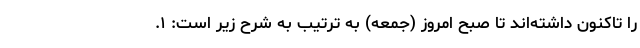
را تاکنون داشته‌اند تا صبح امروز (جمعه) به ترتیب به شرح زیر است: ۱.